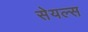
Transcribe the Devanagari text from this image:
सेयल्स